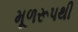
મૂળરૂપથી